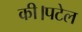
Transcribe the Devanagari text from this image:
की।पटेल